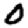
Digit: 0